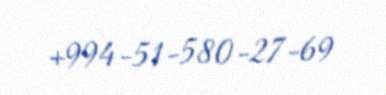
+994-51-580-27-69